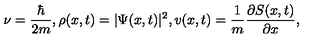
\nu = \frac { \hbar } { 2 m } , \rho ( x , t ) = | \Psi ( x , t ) | ^ { 2 } , v ( x , t ) = \frac { 1 } { m } \frac { \partial S ( x , t ) } { \partial x } ,